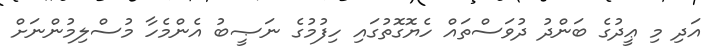
އަދި މި ޢީދުގެ ބަންދު ދުވަސްތައް ހެޔޮގޮތުގައި ހިފުމުގެ ނަޞީބު އެންމެހާ މުސްލިމުންނަށް